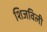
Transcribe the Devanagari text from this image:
शिजविली